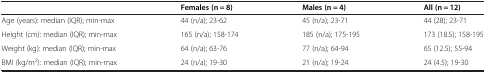
<table><thead><tr><td><b> </b></td><td><b>Females (n = 8)</b></td><td><b>Males (n = 4)</b></td><td><b>All (n = 12)</b></td></tr></thead><tbody><tr><td>Age (years): median (IQR); min-max</td><td>44 (n/a); 23-62</td><td>45 (n/a); 23-71</td><td>44 (28); 23-71</td></tr><tr><td>Height (cm): median (IQR); min-max</td><td>165 (n/a); 158-174</td><td>185 (n/a); 175-195</td><td>173 (18.5); 158-195</td></tr><tr><td>Weight (kg): median (IQR); min-max</td><td>64 (n/a); 63-76</td><td>77 (n/a); 64-94</td><td>65 (12.5); 55-94</td></tr><tr><td>BMI (kg/m<sup>2</sup>): median (IQR); min-max</td><td>24 (n/a); 19-30</td><td>21 (n/a); 19-24</td><td>24 (4.5); 19-30</td></tr></tbody></table>